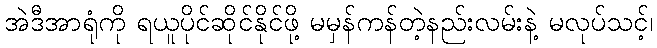
အဲဒီအာရုံကို ရယူပိုင်ဆိုင်နိုင်ဖို့ မမှန်ကန်တဲ့နည်းလမ်းနဲ့ မလုပ်သင့်၊